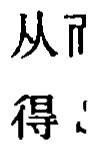
从而

得：